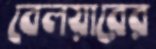
বেলয়ারের